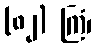
(၈၂) ကြံ၊